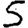
Digit: 5